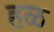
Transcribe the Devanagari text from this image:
हळ